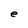
Character: e